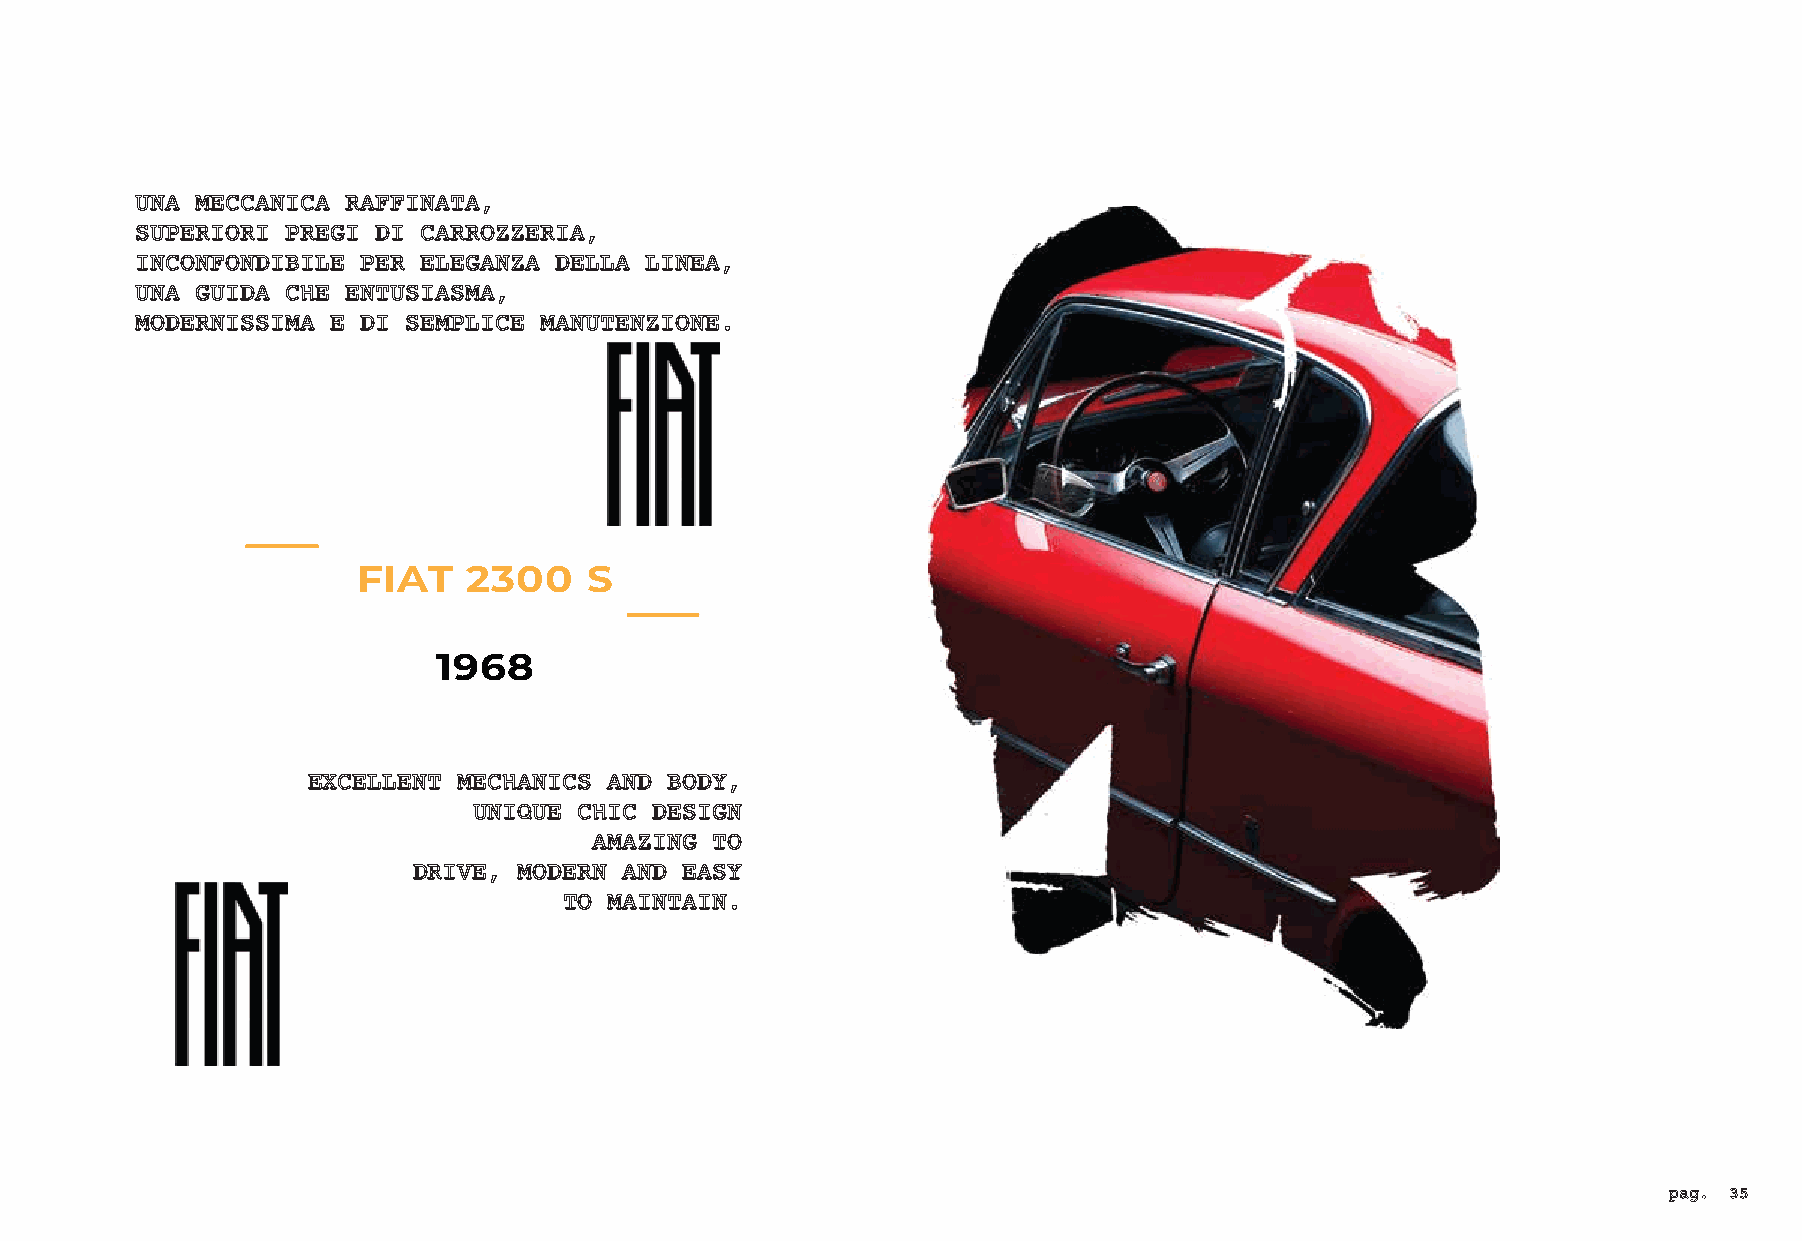
UNA MECCANICA RAFFINATA,
 SUPERIORI PREGI DI CARROZZERIA,
 INCONFONDIBILE PER ELEGANZA DELLA LINEA,
 UNA GUIDA CHE ENTUSIASMA,
 MODERNISSIMA E DI SEMPLICE MANUTENZIONE.
 FIAT   2300    S
 1968
 EXCELLENT MECHANICS AND BODY,
 UNIQUE CHIC DESIGN
 AMAZING TO
 DRIVE, MODERN AND EASY
 TO MAINTAIN.
 pag. 35